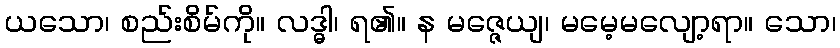
ယသော၊ စည်းစိမ်ကို။ လဒ္ဓါ၊ ရ၏။ န မဇ္ဇေယျ၊ မမေ့မလျော့ရာ။ သော၊